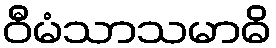
ဝီမံသာသမာဓိ